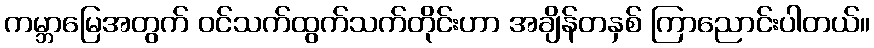
ကမ္ဘာမြေအတွက် ဝင်သက်ထွက်သက်တိုင်းဟာ အချိန်တနှစ် ကြာညောင်းပါတယ်။